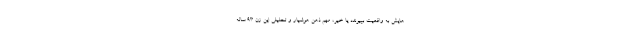
هایش به واقعیت بپیوندد یا خیر، مهم ذهن هوشیار و تحلیلی این زن ۹۳ ساله